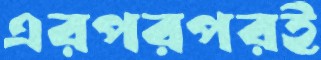
এরপরপরই